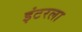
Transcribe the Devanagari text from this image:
इंटरला